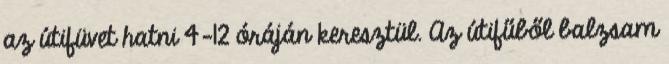
az útifüvet hatni 4-12 óráján keresztül. Az útifűből balzsam